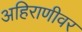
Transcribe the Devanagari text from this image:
अहिराणीवर